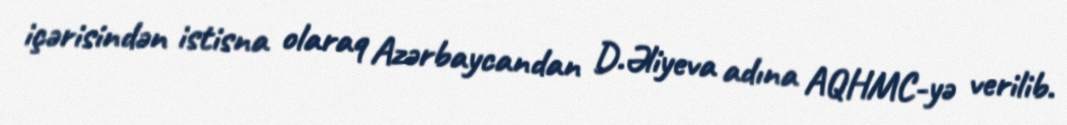
içərisindən istisna olaraq Azərbaycandan D.Əliyeva adına AQHMC-yə verilib.